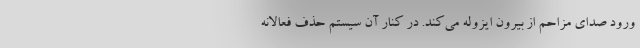
ورود صدای مزاحم از بیرون ایزوله می‌کند. در کنار آن سیستم حذف فعالانه